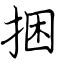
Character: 捆